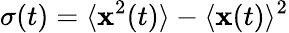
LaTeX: \sigma(t)=\langle\mathbf{x}^{2}(t)\rangle-\langle\mathbf{x}(t)\rangle^{2}